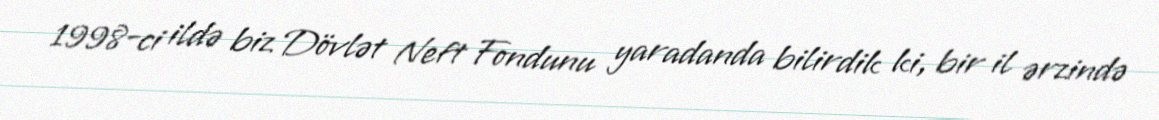
1998-ci ildə biz Dövlət Neft Fondunu yaradanda bilirdik ki, bir il ərzində